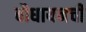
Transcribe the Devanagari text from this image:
बौधायनची